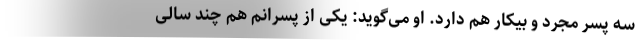
سه پسر مجرد و بیکار هم دارد. او می‌گوید: یکی از پسرانم هم چند سالی